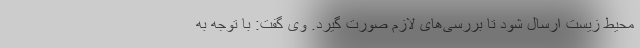
محیط زیست ارسال شود تا بررسی‌های لازم صورت گیرد. وی گفت: با توجه به